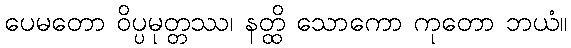
ပေမတော ဝိပ္ပမုတ္တဿ၊ နတ္ထိ သောကော ကုတော ဘယံ။